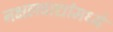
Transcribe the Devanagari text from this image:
नक्षलवाद्यांमध्ये